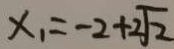
x _ { 1 } = - 2 + 2 \sqrt { 2 }